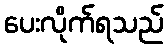
ပေးလိုက်ရသည်